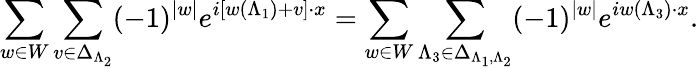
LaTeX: \sum_{w\in W}\sum_{v\in\Delta_{\Lambda_{2}}}(-1)^{|w|}e^{i\left[w(\Lambda_{1})+v\right]\cdot x}=\sum_{w\in W}\sum_{\Lambda_{3}\in\Delta_{\Lambda_{1},\Lambda_{2}}}(-1)^{|w|}e^{iw(\Lambda_{3})\cdot x}.